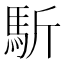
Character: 馸